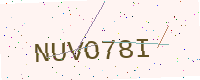
Text: NUVO78I